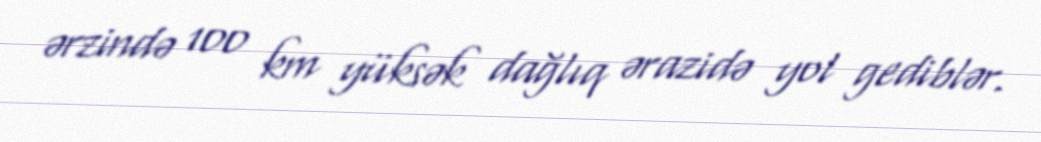
ərzində 100 km yüksək dağlıq ərazidə yol gediblər.